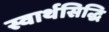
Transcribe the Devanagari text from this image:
स्वार्थसिद्धि